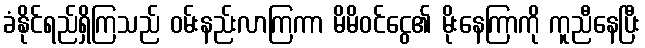
ခံနိုင်ရည်ရှိကြသည် ဝမ်းနည်းလာကြကာ မိမိဝင်ငွေ၏ မိုးနေကြာကို ကူညီနေပြီး